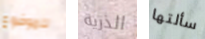
للموضوع الذرية سألتها